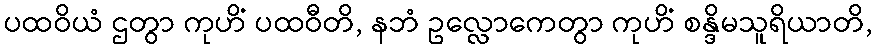
ပထဝိယံ ဌတွာ ကုဟိံ ပထဝီတိ, နဘံ ဥလ္လောကေတွာ ကုဟိံ စန္ဒိမသူရိယာတိ,